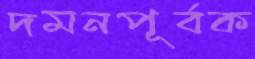
দমনপূর্বক